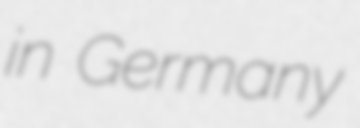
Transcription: in Germany